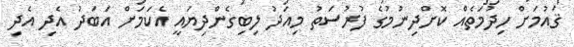
ޤައުމަށް ހިދުމަތެއް ކޮށްދިނުމުގެ ފުރުސަތު މިއަދު ލިބިގެންދިޔައީ އެކަމަށް އަބަދު އެދި އެދި